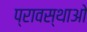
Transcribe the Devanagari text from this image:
प्रावस्थाओ